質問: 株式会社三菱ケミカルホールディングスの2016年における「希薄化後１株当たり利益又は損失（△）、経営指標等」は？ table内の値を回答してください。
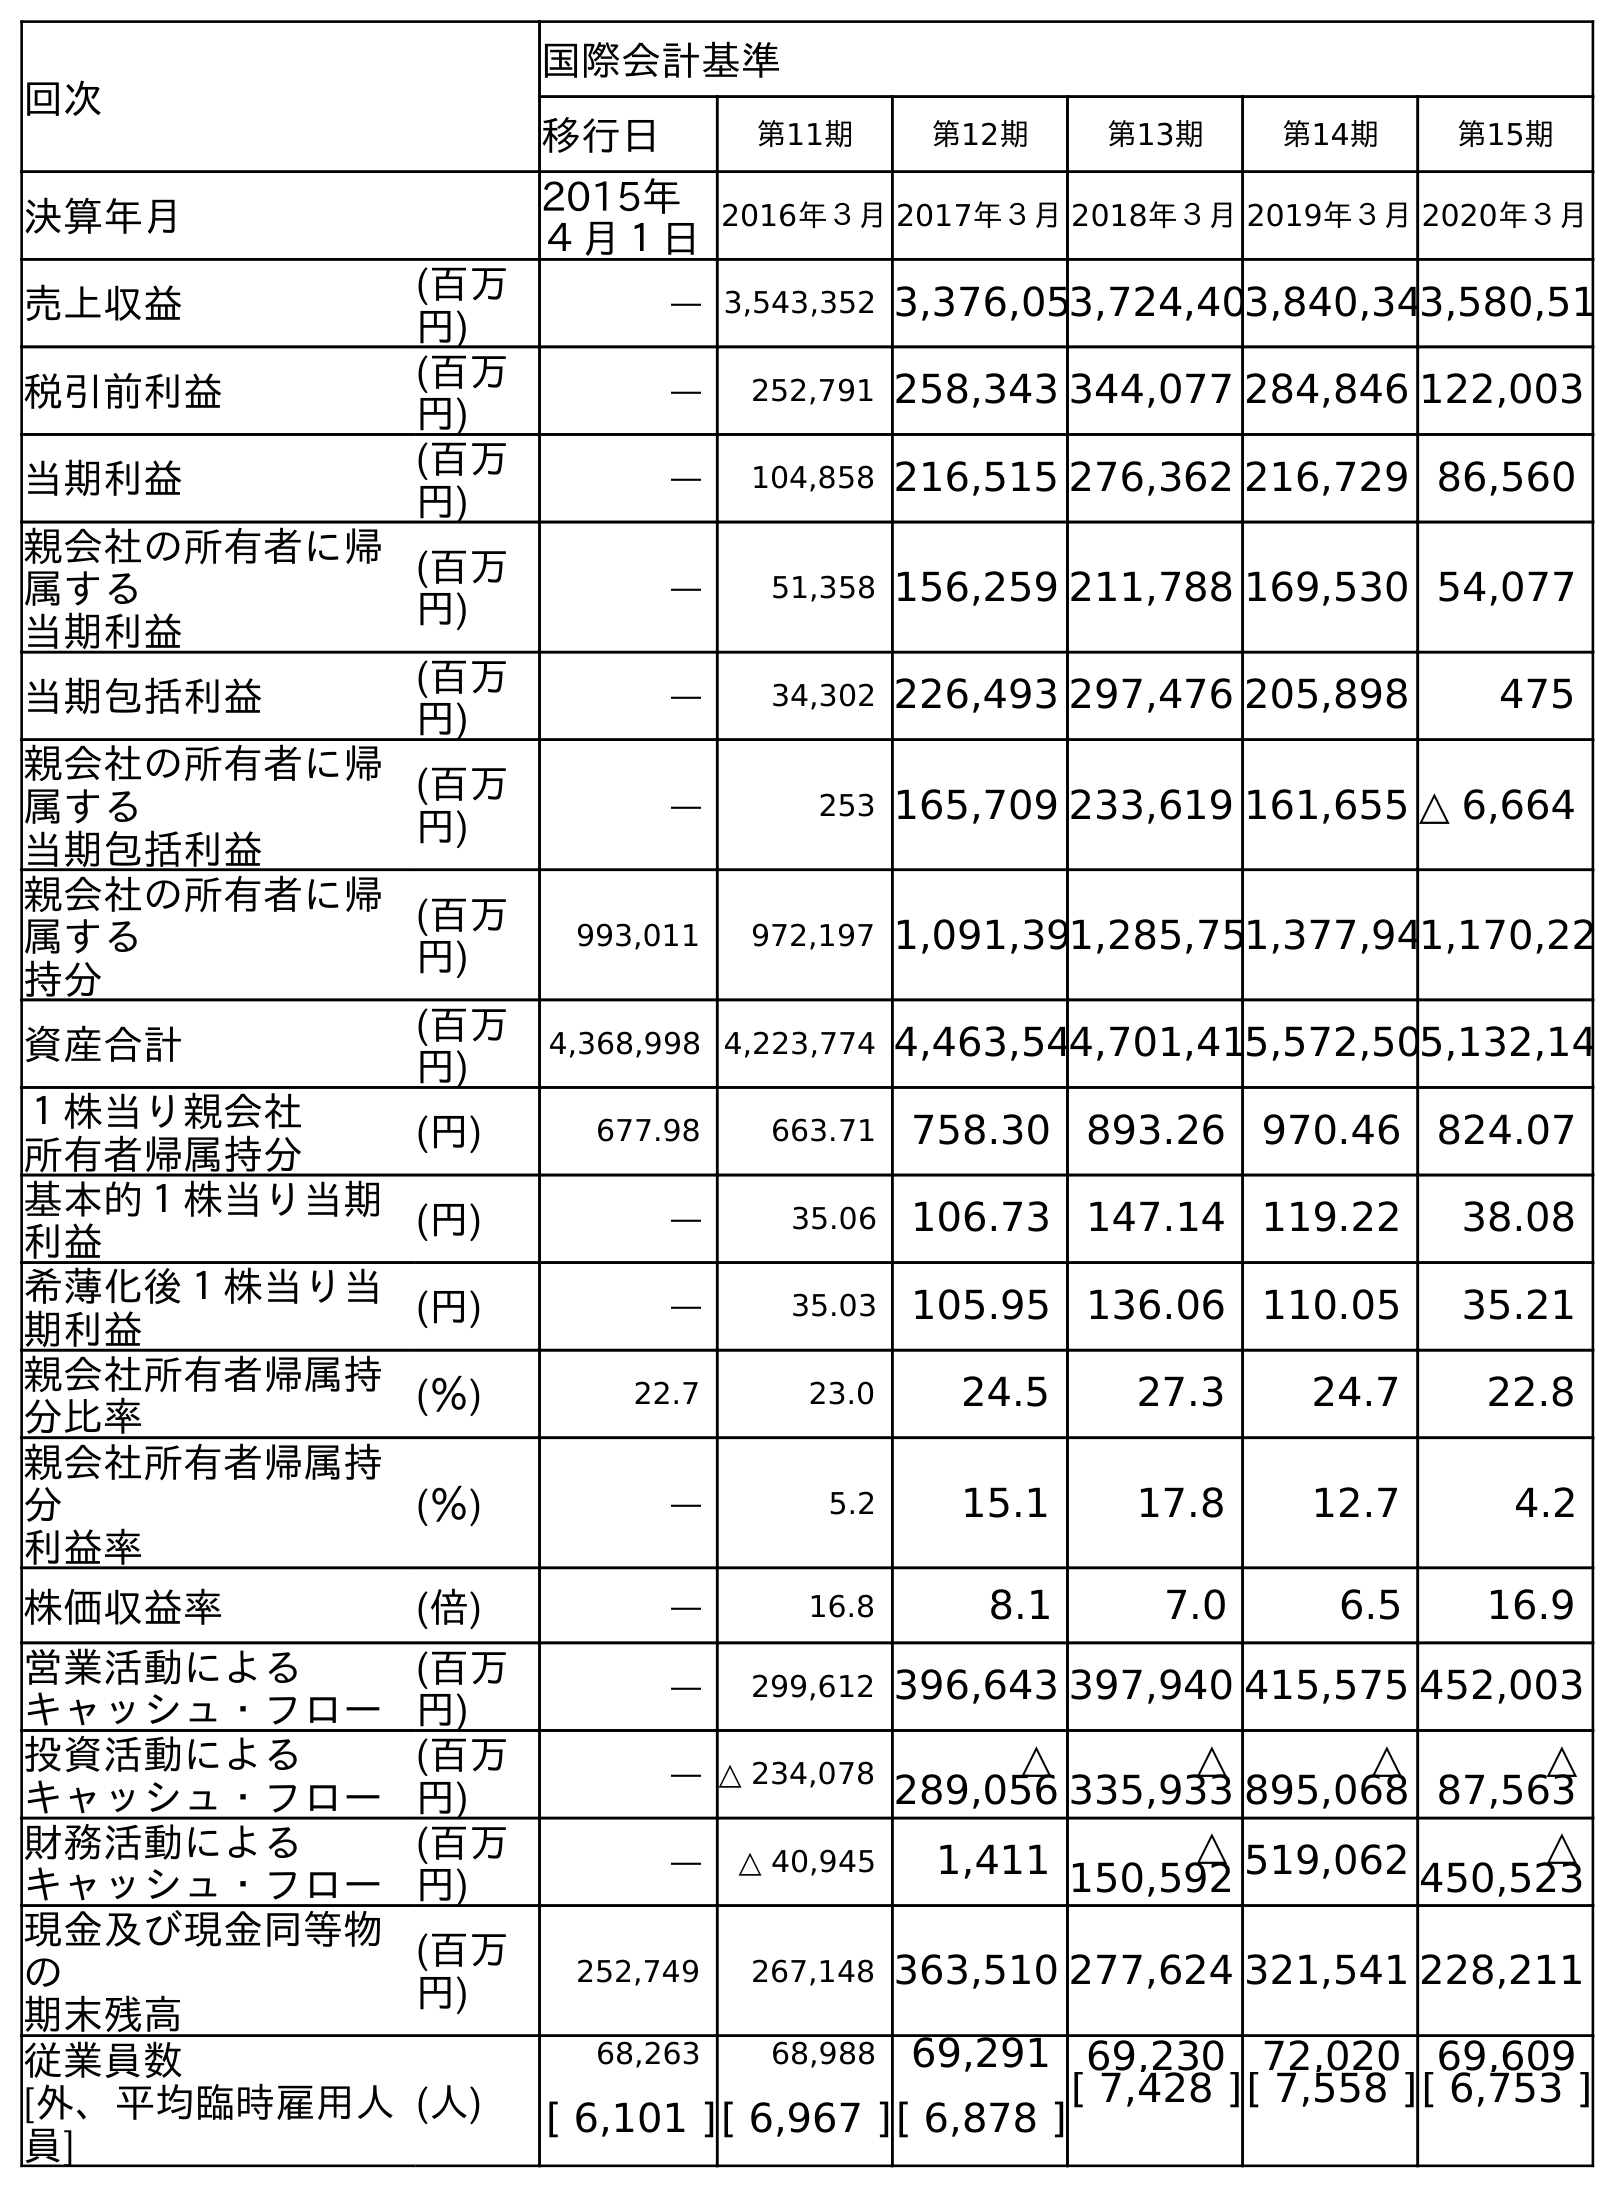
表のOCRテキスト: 回次 国際会計基準 移行日 第11期 第12期 第13期 第14期 第15期 決算年月 2015年 ４月１日 2016年３月2017年３月2018年３月2019年３月2020年３月 売上収益 (百万 円) ― 3,543,352 3,376,053,724,403,840,343,580,51 税引前利益 (百万 円) ― 252,791 258,343 344,077 284,846 122,003 当期利益 (百万 円) ― 104,858 216,515 276,362 216,729 86,560 親会社の所有者に帰 属する 当期利益 (百万 円) ― 51,358 156,259 211,788 169,530 54,077 当期包括利益 (百万 円) ― 34,302 226,493 297,476 205,898 475 親会社の所有者に帰 属する 当期包括利益 (百万 円) ― 253 165,709 233,619 161,655 △ 6,664 親会社の所有者に帰 属する 持分 (百万 円) 993,011 972,197 1,091,391,285,751,377,941,170,22 資産合計 (百万 円) 4,368,998 4,223,774 4,463,544,701,415,572,505,132,14 １株当り親会社 所有者帰属持分 (円) 677.98 663.71 758.30 893.26 970.46 824.07 基本的１株当り当期 利益 (円) ― 35.06 106.73 147.14 119.22 38.08 希薄化後１株当り当 期利益 (円) ― 35.03 105.95 136.06 110.05 35.21 親会社所有者帰属持 分比率 (％) 22.7 23.0 24.5 27.3 24.7 22.8 親会社所有者帰属持 分 利益率 (％) ― 5.2 15.1 17.8 12.7 4.2 株価収益率 (倍) ― 16.8 8.1 7.0 6.5 16.9 営業活動による キャッシュ・フロー (百万 円) ― 299,612 396,643 397,940 415,575 452,003 投資活動による キャッシュ・フロー (百万 円) ― △ 234,078 △ 289,056 △ 335,933 △ 895,068 △ 87,563 財務活動による キャッシュ・フロー (百万 円) ― △ 40,945 1,411 △ 150,592 519,062 △ 450,523 現金及び現金同等物 の 期末残高 (百万 円) 252,749 267,148 363,510 277,624 321,541 228,211 従業員数 [外、平均臨時雇用人 員] (人) 68,263 68,988 69,291 69,230 72,020 69,609 [ 6,101 ][ 6,967 ][ 6,878 ][ 7,428 ][ 7,558 ][ 6,753 ]
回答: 35.03